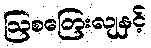
ဩစတြေးလျနှင့်